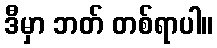
ဒီမှာ ဘတ် တစ်ရာပါ။